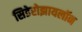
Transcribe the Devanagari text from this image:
सिडेरोझायलॉन